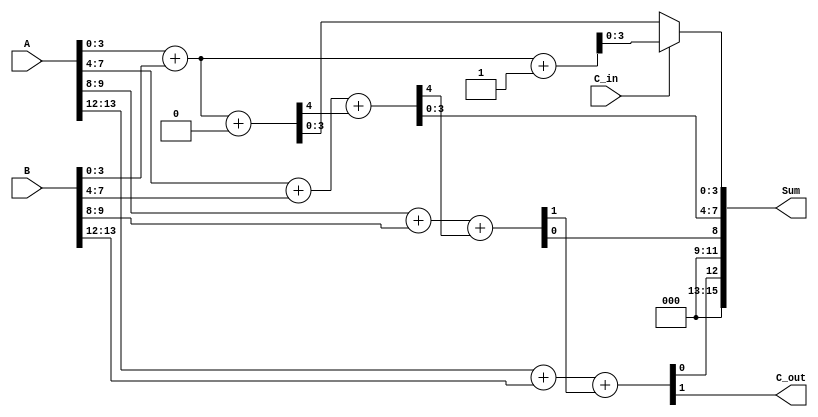
module CarrySelectAdder(
    input [15:0] A,      // 16-bit input A
    input [15:0] B,      // 16-bit input B
    input C_in,          // Carry-in
    output [15:0] Sum,   // 16-bit Sum output
    output C_out         // Carry-out
);

    wire [3:0] S0, S1, S2, S3; // Sums for C_in = 0 and C_in = 1
    wire C1, C2, C3;           // Carry outputs for segments
    wire G0, G1, G2, G3;       // Generate signals
    wire P0, P1, P2, P3;       // Propagate signals

    // Segment 0: A[3:0] + B[3:0]
    assign {C1, S0} = A[3:0] + B[3:0] + 0;
    assign {C1, S1} = A[3:0] + B[3:0] + 1;
    assign G0 = A[3:0] & B[3:0];
    assign P0 = A[3:0] ^ B[3:0];

    // Segment 1: A[7:4] + B[7:4]
    assign {C2, S2} = A[7:4] + B[7:4] + C1;
    assign {C2, S3} = A[7:4] + B[7:4] + C1;
    assign G1 = A[7:4] & B[7:4];
    assign P1 = A[7:4] ^ B[7:4];

    // Segment 2: A[11:8] + B[11:8]
    assign {C3, S4} = A[11:8] + B[11:8] + C2;
    assign {C3, S5} = A[11:8] + B[11:8] + C2;
    assign G2 = A[11:8] & B[11:8];
    assign P2 = A[11:8] ^ B[11:8];

    // Segment 3: A[15:12] + B[15:12]
    assign {C_out, S6} = A[15:12] + B[15:12] + C3;
    assign {C_out, S7} = A[15:12] + B[15:12] + C3;
    assign G3 = A[15:12] & B[15:12];
    assign P3 = A[15:12] ^ B[15:12];

    // Multiplexers to select the correct sum based on C_in
    assign Sum[3:0] = C_in ? S1 : S0;
    assign Sum[7:4] = C_in ? S3 : S2;
    assign Sum[11:8] = C_in ? S5 : S4;
    assign Sum[15:12] = C_in ? S7 : S6;

endmodule